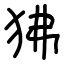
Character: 狒